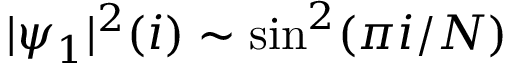
| \psi _ { 1 } | ^ { 2 } ( i ) \sim \sin ^ { 2 } ( \pi i / N )